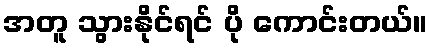
အတူ သွားနိုင်ရင် ပို ကောင်းတယ်။